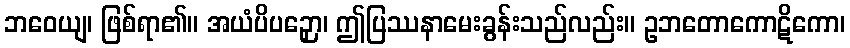
ဘဝေယျ၊ ဖြစ်ရာ၏။ အယံပိပဉှော၊ ဤပြဿနာမေးခွန်းသည်လည်း။ ဥဘတောကောဋိကော၊